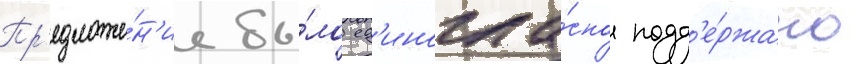
Пр'едложе́н'ие бы́ло ед'иногла́сно подд'е́ржано